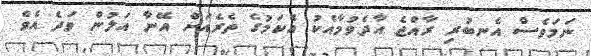
ނަމަވެސް އެނބުރި ރާއްޖެ އާދެވުމާއެކު އެކަމުގެ ތެރެއަށް އޭނާ އަލުން ވަދެ އެވެ.